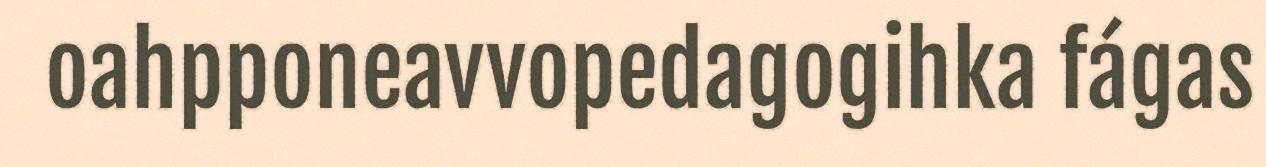
oahpponeavvopedagogihka fágas